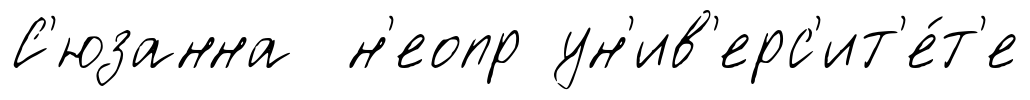
С'юзанна н'еопр ун'ив'ерс'ит'е́т'е